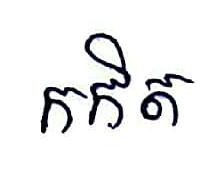
កកិត